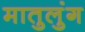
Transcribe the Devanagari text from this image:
मातुलुंग